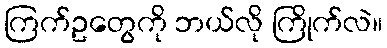
ကြက်ဥတွေကို ဘယ်လို ကြိုက်လဲ။